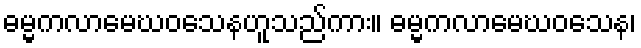
ဓမ္မကလာမေဃဝသေနဟူသည်ကား။ ဓမ္မကလာမေဃဝသေန၊